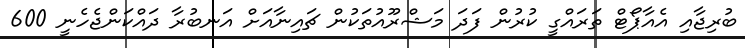
ބުރިޖާއި އެއާޕޯޓް ތަރައްގީ ކުރުން ފަދަ މަޝްރޫއުތަކުން ޗައިނާއަށް އަނބުރާ ދައްކަންޖެހެނީ 600